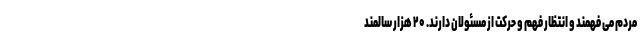
مردم می فهمند و انتظار فهم و حرکت از مسئولان دارند. ۲۰ هزار سالمند